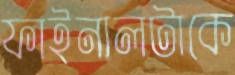
ফাইনালটাকে